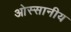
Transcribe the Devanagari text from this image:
ओस्सानीय